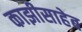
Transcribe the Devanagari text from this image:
काझीसाहेब